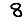
Digit: 8